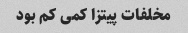
مخلفات پیتزا کمی کم بود